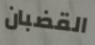
القضبان